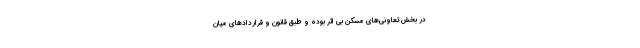
در بخش تعاونی‌های مسکن بی اثر بوده و طبق قانون و قراردادهای میان